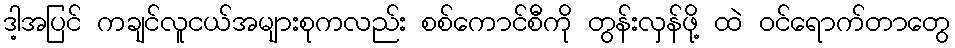
ဒါ့အပြင် ကချင်လူငယ်အများစုကလည်း စစ်ကောင်စီကို တွန်းလှန်ဖို့ ထဲ ဝင်ရောက်တာတွေ